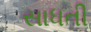
સાધતી